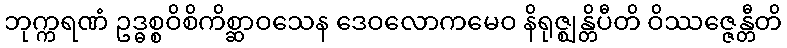
ဘုက္ကရဏံ ဥဒ္ဓစ္စဝိစိကိစ္ဆာဝသေန ဒေဝလောကမေဝ နိရုဇ္ဈန္တိပီတိ ဝိဿဇ္ဇေန္တီတိ